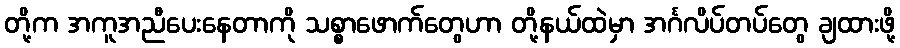
တို့က အကူအညီပေးနေတာကို သစ္စာဖောက်တွေဟာ တို့နယ်ထဲမှာ အင်္ဂလိပ်တပ်တွေ ချထားဖို့